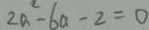
2 a ^ { 2 } - 6 a - 2 = 0